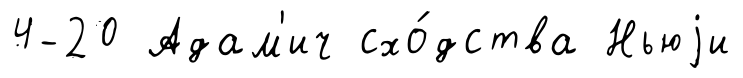
4-20 Адам'ич схо́дства Ньюjи